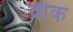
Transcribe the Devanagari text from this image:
व्रीक